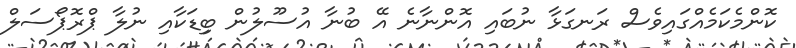
ކޮންމެކަމެއްގައިވެސް ރަނގަޅާ ނުބައި އޮންނާނެ އޭ ބުނާ އުސޫލުން ބިިޑަކާއި ނުލާ ޕްރޮޕޯސަލް